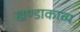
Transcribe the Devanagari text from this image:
खण्डाकाव्य